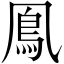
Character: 鳯